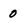
Character: 0